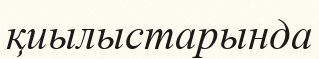
қиылыстарында